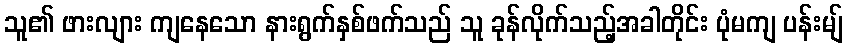
သူ၏ ဖားလျား ကျနေသော နားရွက်နှစ်ဖက်သည် သူ ခုန်လိုက်သည့်အခါတိုင်း ပုံမကျ ပန်းမျ်